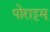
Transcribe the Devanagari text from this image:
पोराट्टम्